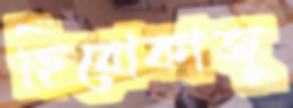
হিরোকাজু